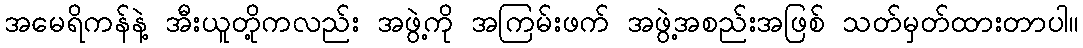
အမေရိကန်နဲ့ အီးယူတို့ကလည်း အဖွဲ့ကို အကြမ်းဖက် အဖွဲ့အစည်းအဖြစ် သတ်မှတ်ထားတာပါ။